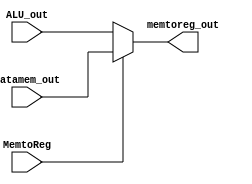
module mux_memtoreg (
    ALU_out,datamem_out,MemtoReg,memtoreg_out
);

input[31:0] ALU_out;
input[31:0] datamem_out;
input MemtoReg;
output reg[31:0] memtoreg_out;

always @(*) begin
    if(MemtoReg==1)
        memtoreg_out<=datamem_out;
    else
        memtoreg_out<=ALU_out;
end
endmodule

// ALU
module mux_alusrc (
    regs_busB,ext_imm32,ALUsrc,ALU_Bin
);

input[31:0] regs_busB;
input[31:0] ext_imm32;
input ALUsrc;
output reg[31:0] ALU_Bin;

always @(*) begin
    if(ALUsrc==1)
        ALU_Bin<=ext_imm32;
    else
        ALU_Bin<=regs_busB;
end
endmodule